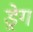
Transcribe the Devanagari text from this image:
ड्रेग